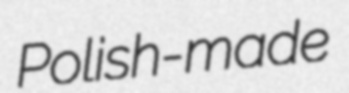
Polish-made